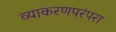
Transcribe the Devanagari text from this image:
व्याकरणपरंपरा